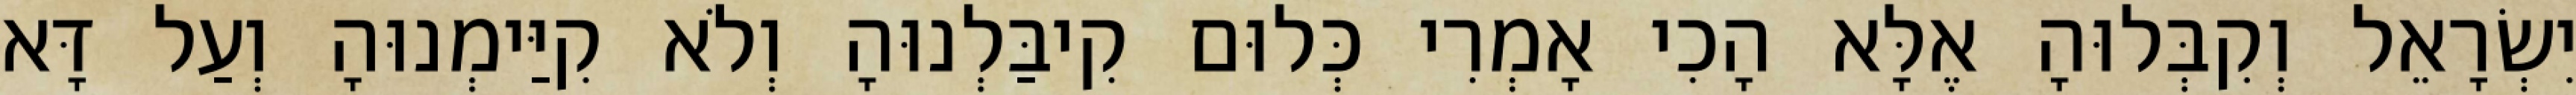
יִשְׂרָאֵל וְקִבְּלוּהָ אֶלָּא הָכִי אָמְרִי כְּלוּם קִיבַּלְנוּהָ וְלֹא קִיַּימְנוּהָ וְעַל דָּא